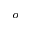
_ { o }